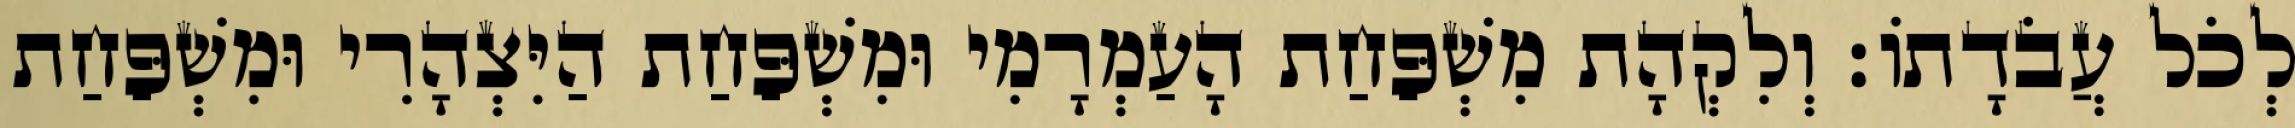
לְכֹל עֲבֹדָתוֹ׃ וְלִקְהָת מִשְׁפַּחַת הָעַמְרָמִי וּמִשְׁפַּחַת הַיִּצְהָרִי וּמִשְׁפַּחַת